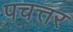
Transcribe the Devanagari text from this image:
पचत्तर